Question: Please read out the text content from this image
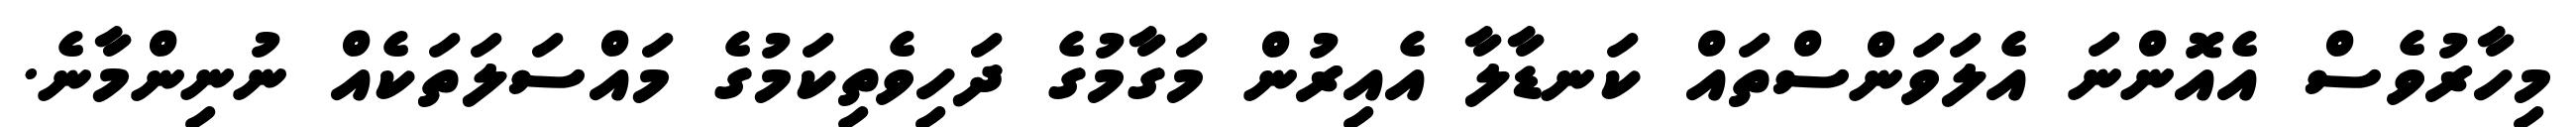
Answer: މިހާރުވެސް އެއޮންނަ އެލަވަންސްތައް ކަނޑާލާ އެއިރުން މަގާމުގެ ދަހިވެތިކަމުގެ މައްސަލަތަކެއް ނުނިންމާނެ.